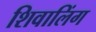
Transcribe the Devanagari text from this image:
शिवालिंग